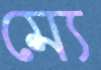
ম্যে